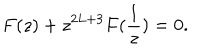
LaTeX: F ( z ) + z ^ { 2 L + 3 } F ( \frac { 1 } { z } ) = 0 .